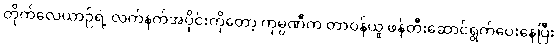
တိုက်လေယာဉ်ရဲ့ လက်နက်အပိုင်းကိုတော့ ကုမ္ပဏီက တာဝန်ယူ ဖန်တီးဆောင်ရွက်ပေးနေပြီး